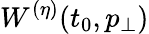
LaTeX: {W^{(\eta)}(t_{0},p_{\bot})}